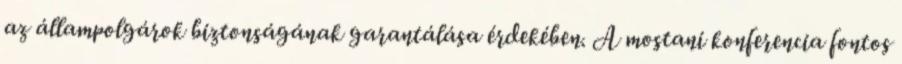
az állampolgárok biztonságának garantálása érdekében. A mostani konferencia fontos